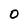
Character: O